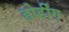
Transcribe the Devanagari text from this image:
होर्डींग